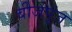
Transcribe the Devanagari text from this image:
बीजपुंज